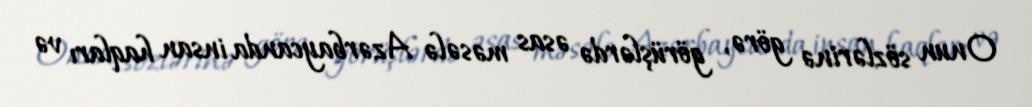
Onun sözlərinə görə, görüşlərdə əsas məsələ Azərbaycanda insan haqları və